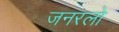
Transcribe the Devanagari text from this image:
जनरलो